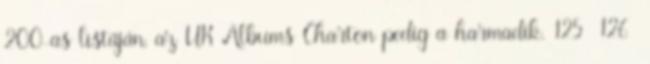
200-as listáján, az UK Albums Charton pedig a harmadik. 125 126